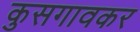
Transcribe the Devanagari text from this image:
कुसगावकर